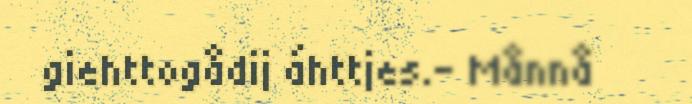
giehttogådij áhttjes.– Månnå